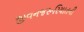
જીવનજરૂરિયાતની